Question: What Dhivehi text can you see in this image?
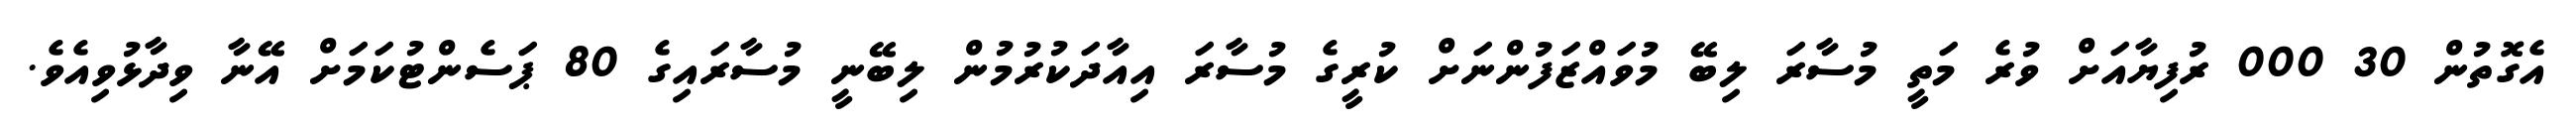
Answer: އެގޮތުން 30 000 ރުފިޔާއަށް ވުރެ މަތީ މުސާރަ ލިބޭ މުވައްޒަފުންނަށް ކުރީގެ މުސާރަ އިއާދަކުރުމުން ލިބޭނީ މުސާރައިގެ 80 ޕަސެންޓުކަމަށް އޭނާ ވިދާޅުވިއެވެ.